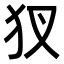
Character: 𤜫